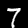
Digit: 7